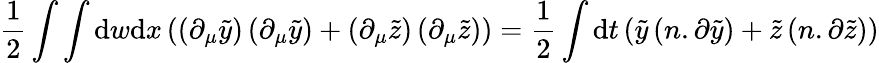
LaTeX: \frac{1}{2}\int\int\mathrm{d}w\mathrm{d}x\left(\left(\partial_{\mu}\tilde{y}\right)\left(\partial_{\mu}\tilde{y}\right)+\left(\partial_{\mu}\tilde{z}\right)\left(\partial_{\mu}\tilde{z}\right)\right)=\frac{1}{2}\int\mathrm{d}t\left(\tilde{y}\left(n.\partial\tilde{y}\right)+\tilde{z}\left(n.\partial\tilde{z}\right)\right)